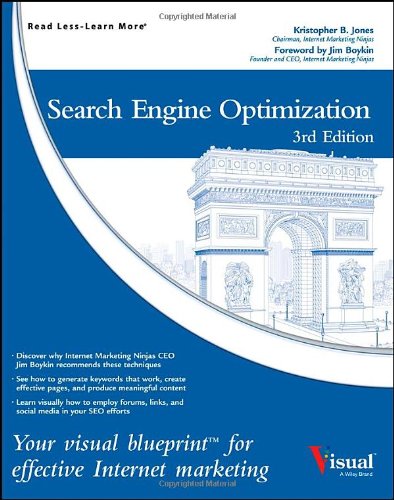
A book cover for Search Engine Optimization: Your Visual Blueprint for Effective Internet Marketing; Kristopher B. Jones; Computers & Technology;